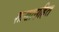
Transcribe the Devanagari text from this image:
शाखासहित